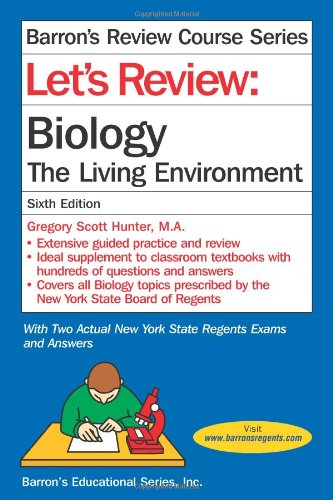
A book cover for Let's Review: Biology, The Living Environment (Let's Review Series); Gregory Scott Hunter; Test Preparation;